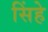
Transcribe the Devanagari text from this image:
सिंहे